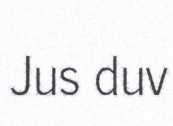
Jus duv